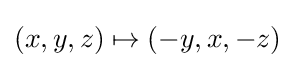
(x,y,z)\mapsto (-y,x,-z)